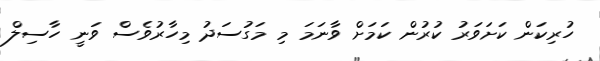
ހުރިކަން ކަށަވަރު ކުރުން ކަމަށް ވާނަމަ މި މަގުސަދު މިހާރުވެސް ވަނީ ހާސިލް